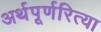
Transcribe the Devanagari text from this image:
अर्थपूर्णरित्या